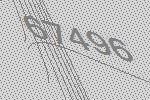
67496